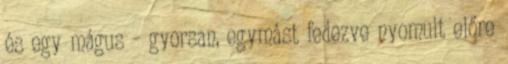
és egy mágus – gyorsan, egymást fedezve nyomult előre